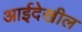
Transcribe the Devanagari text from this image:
आईदेखील